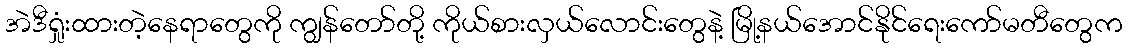
အဲဒီရှုံးထားတဲ့နေရာတွေကို ကျွန်တော်တို့ ကိုယ်စားလှယ်လောင်းတွေနဲ့ မြို့နယ်အောင်နိုင်ရေးကော်မတီတွေက